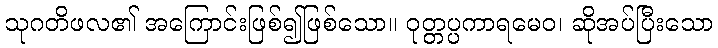
သုဂတိဖလ၏ အကြောင်းဖြစ်၍ဖြစ်သော။ ဝုတ္တပ္ပကာရမေဝ၊ ဆိုအပ်ပြီးသော